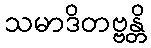
သမာဒိတဗ္ဗန္တိ